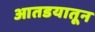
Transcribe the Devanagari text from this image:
आतडयातून